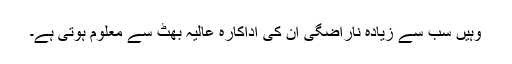
وہیں سب سے زیادہ ناراضگی ان کی اداکارہ عالیہ بھٹ سے معلوم ہوتی ہے۔